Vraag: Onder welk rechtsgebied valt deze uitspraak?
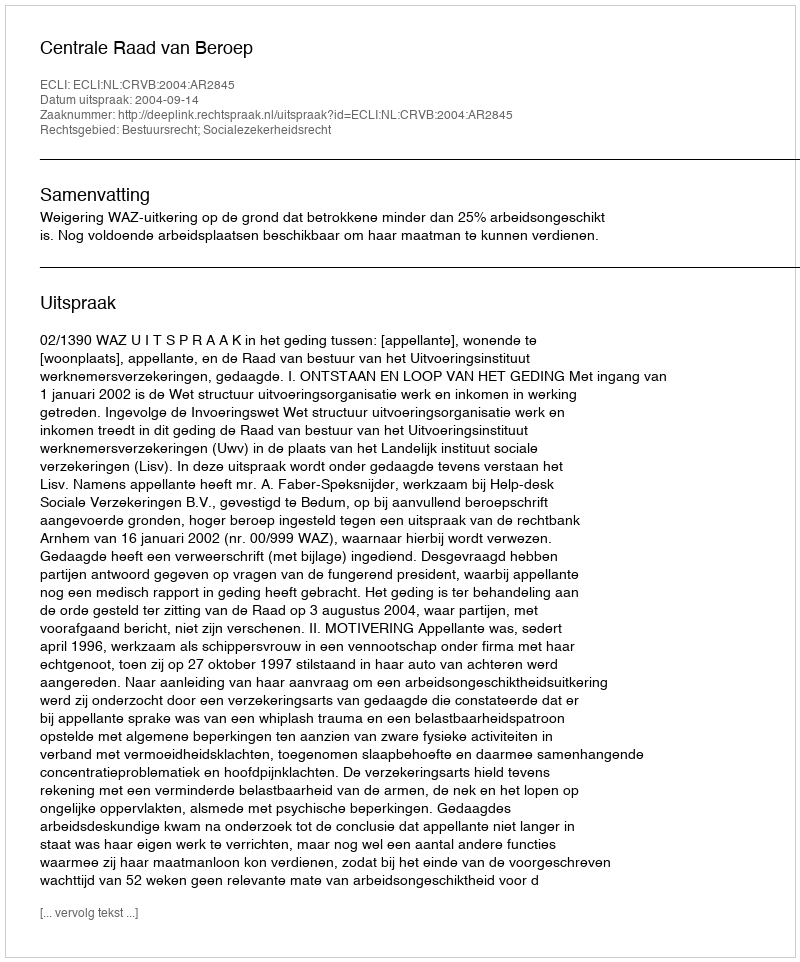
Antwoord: Bestuursrecht; Socialezekerheidsrecht